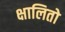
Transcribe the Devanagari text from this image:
क्षालितो